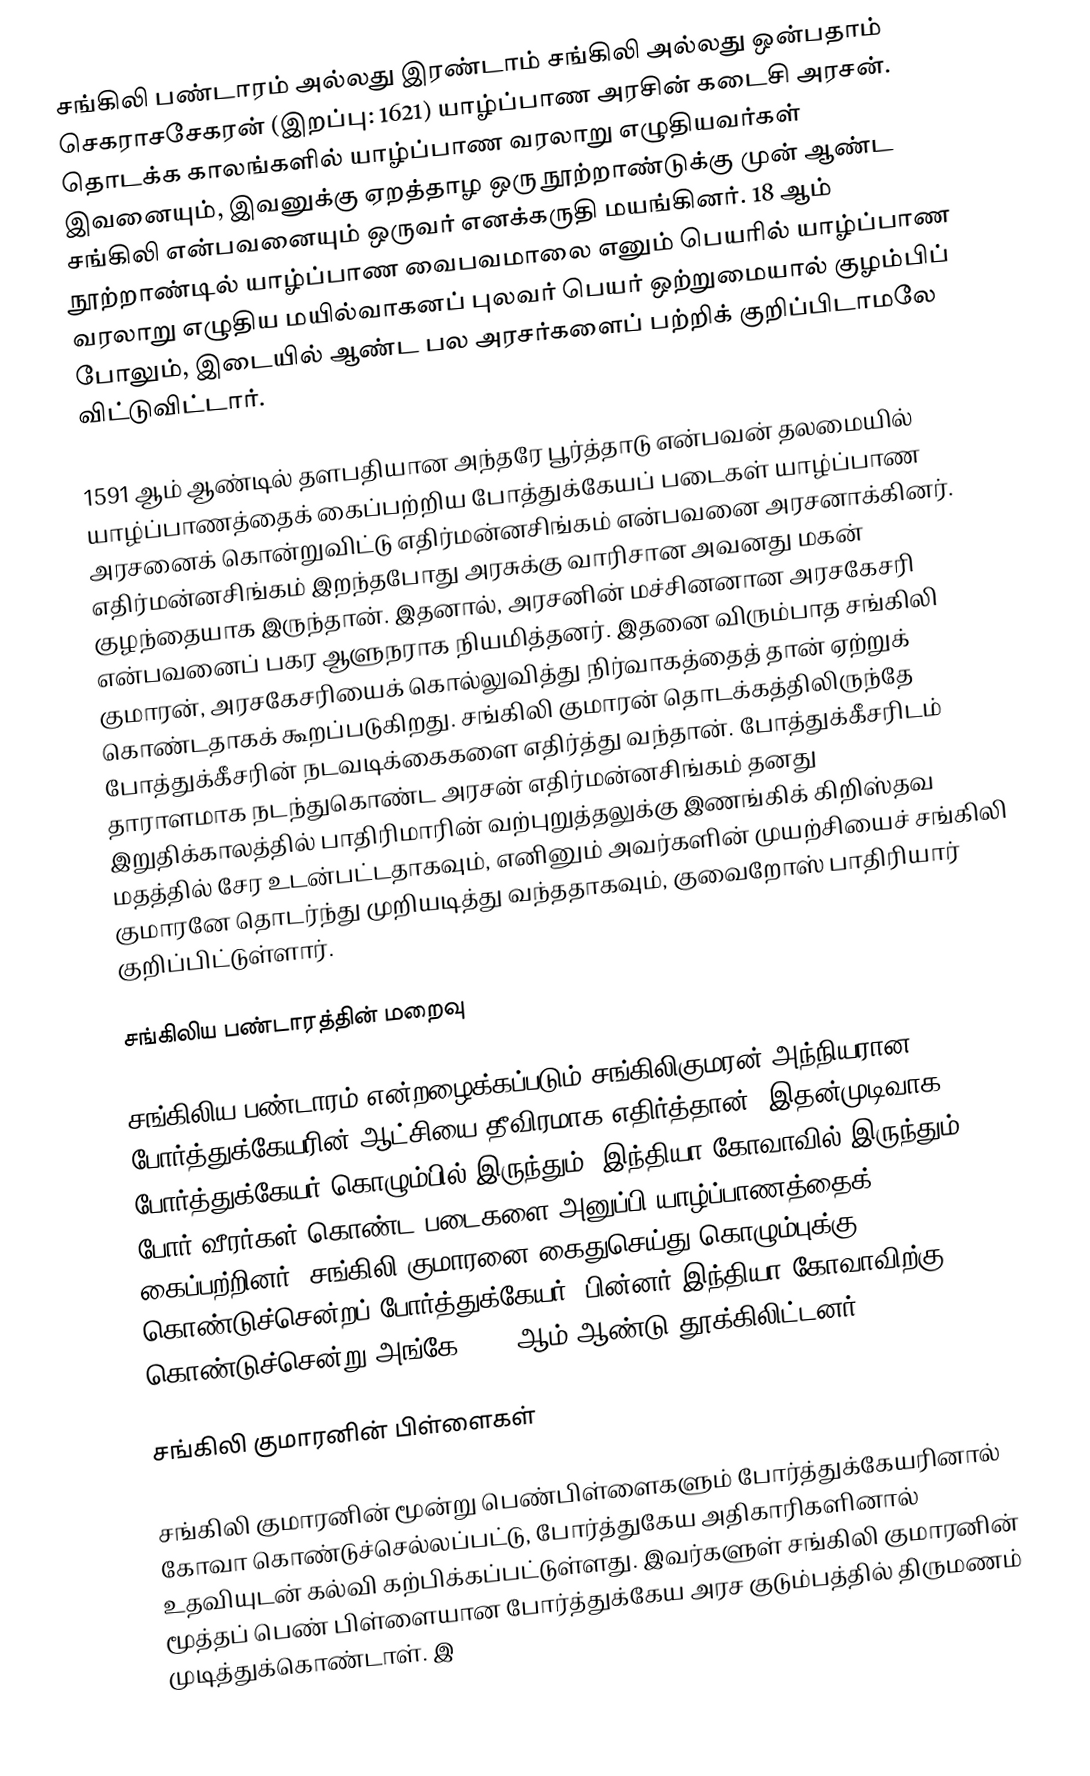
சங்கிலி பண்டாரம் அல்லது இரண்டாம் சங்கிலி அல்லது ஒன்பதாம் செகராசசேகரன் (இறப்பு: 1621) யாழ்ப்பாண அரசின் கடைசி அரசன். தொடக்க காலங்களில் யாழ்ப்பாண வரலாறு எழுதியவர்கள் இவனையும், இவனுக்கு ஏறத்தாழ ஒரு நூற்றாண்டுக்கு முன் ஆண்ட சங்கிலி என்பவனையும் ஒருவர் எனக்கருதி மயங்கினர். 18 ஆம் நூற்றாண்டில் யாழ்ப்பாண வைபவமாலை எனும் பெயரில் யாழ்ப்பாண வரலாறு எழுதிய மயில்வாகனப் புலவர் பெயர் ஒற்றுமையால் குழம்பிப் போலும், இடையில் ஆண்ட பல அரசர்களைப் பற்றிக் குறிப்பிடாமலே விட்டுவிட்டார்.

1591 ஆம் ஆண்டில் தளபதியான அந்தரே பூர்த்தாடு என்பவன் தலமையில் யாழ்ப்பாணத்தைக் கைப்பற்றிய போத்துக்கேயப் படைகள் யாழ்ப்பாண அரசனைக் கொன்றுவிட்டு எதிர்மன்னசிங்கம் என்பவனை அரசனாக்கினர். எதிர்மன்னசிங்கம் இறந்தபோது அரசுக்கு வாரிசான அவனது மகன் குழந்தையாக இருந்தான். இதனால், அரசனின் மச்சினனான அரசகேசரி என்பவனைப் பகர ஆளுநராக நியமித்தனர். இதனை விரும்பாத சங்கிலி குமாரன், அரசகேசரியைக் கொல்லுவித்து நிர்வாகத்தைத் தான் ஏற்றுக் கொண்டதாகக் கூறப்படுகிறது. சங்கிலி குமாரன் தொடக்கத்திலிருந்தே போத்துக்கீசரின் நடவடிக்கைகளை எதிர்த்து வந்தான். போத்துக்கீசரிடம் தாராளமாக நடந்துகொண்ட அரசன் எதிர்மன்னசிங்கம் தனது இறுதிக்காலத்தில் பாதிரிமாரின் வற்புறுத்தலுக்கு இணங்கிக் கிறிஸ்தவ மதத்தில் சேர உடன்பட்டதாகவும், எனினும் அவர்களின் முயற்சியைச் சங்கிலி குமாரனே தொடர்ந்து முறியடித்து வந்ததாகவும், குவைறோஸ் பாதிரியார் குறிப்பிட்டுள்ளார்.

சங்கிலிய பண்டாரத்தின் மறைவு

சங்கிலிய பண்டாரம் என்றழைக்கப்படும் சங்கிலிகுமரன் அந்நியரான போர்த்துக்கேயரின் ஆட்சியை தீவிரமாக எதிர்த்தான். இதன்முடிவாக போர்த்துக்கேயர் கொழும்பில் இருந்தும், இந்தியா கோவாவில் இருந்தும் 5000 போர் வீரர்கள் கொண்ட படைகளை அனுப்பி யாழ்ப்பாணத்தைக் கைப்பற்றினர். சங்கிலி குமாரனை கைதுசெய்து கொழும்புக்கு கொண்டுச்சென்றப் போர்த்துக்கேயர், பின்னர் இந்தியா கோவாவிற்கு கொண்டுச்சென்று அங்கே 1621 ஆம் ஆண்டு தூக்கிலிட்டனர்.

சங்கிலி குமாரனின் பிள்ளைகள்

சங்கிலி குமாரனின் மூன்று பெண்பிள்ளைகளும் போர்த்துக்கேயரினால் கோவா கொண்டுச்செல்லப்பட்டு, போர்த்துகேய அதிகாரிகளினால் உதவியுடன் கல்வி கற்பிக்கப்பட்டுள்ளது. இவர்களுள் சங்கிலி குமாரனின் மூத்தப் பெண் பிள்ளையான போர்த்துக்கேய அரச குடும்பத்தில் திருமணம் முடித்துக்கொண்டாள். இ